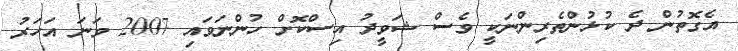
އެގޮތުން ދެ ކުޅުންތެރިންނަކީ ވެސް ޝަވީދު އިސްކޮށް ހުންނަވައި 2007 ވަނަ އަހަރު